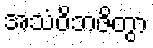
အသံဝိဘဇိတွာ